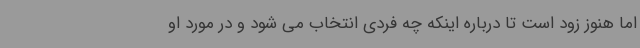
اما هنوز زود است تا درباره اینکه چه فردی انتخاب می شود و در مورد او